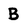
Character: B